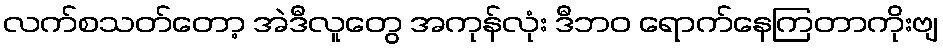
လက်စသတ်တော့ အဲဒီလူတွေ အကုန်လုံး ဒီဘဝ ရောက်နေကြတာကိုးဗျ